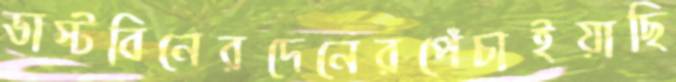
ডাস্টবিনেরদেনেরপেঁচাইয়াছি